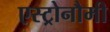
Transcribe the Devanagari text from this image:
एस्ट्रोनौमी